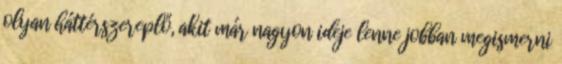
olyan háttérszereplő, akit már nagyon ideje lenne jobban megismerni